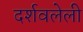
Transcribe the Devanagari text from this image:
दर्शवलेली